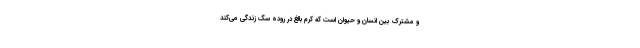
و مشترک بین انسان و حیوان است که کرم بالغ در روده سگ زندگی می‌کند